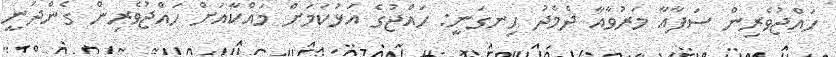
ހައްޖުވެރިން ސަފާއާ މަރުވާއާ ދެމެދު ހިނގަނީ: ހައްޖުގެ އަޅުކަމަށް މައްކާއަށް ހައްޖުވެރިން ގެންދަނީ